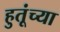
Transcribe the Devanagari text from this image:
हुतूंच्‍या